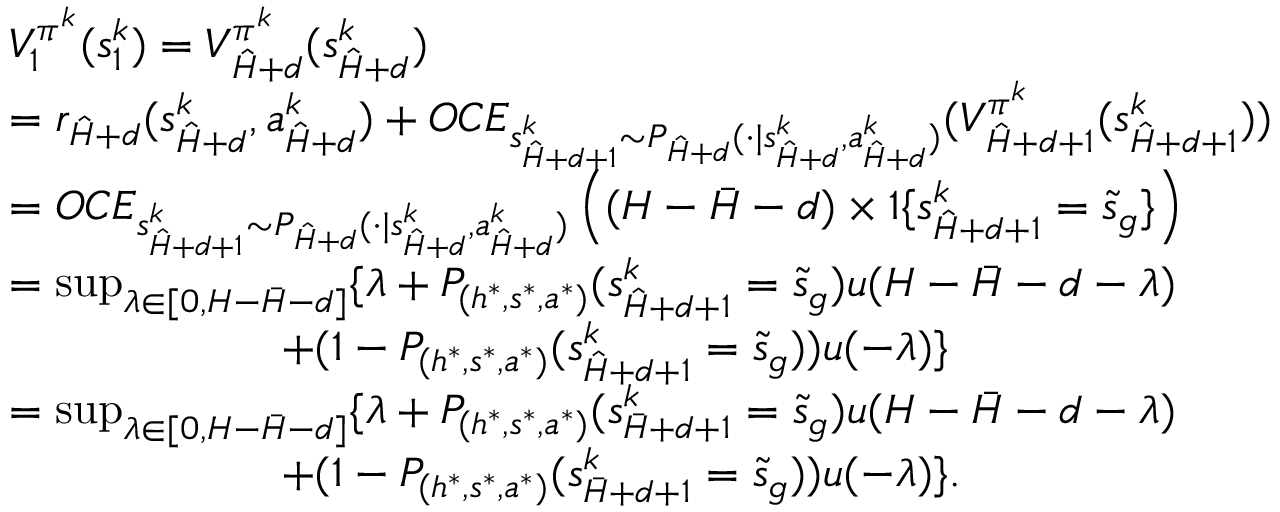
\begin{array} { r l } & { V _ { 1 } ^ { \pi ^ { k } } ( s _ { 1 } ^ { k } ) = V _ { \hat { H } + d } ^ { \pi ^ { k } } ( s _ { \hat { H } + d } ^ { k } ) } \\ & { = r _ { \hat { H } + d } ( s _ { \hat { H } + d } ^ { k } , a _ { \hat { H } + d } ^ { k } ) + O C E _ { s _ { \hat { H } + d + 1 } ^ { k } \sim P _ { \hat { H } + d } ( \cdot \vert s _ { \hat { H } + d } ^ { k } , a _ { \hat { H } + d } ^ { k } ) } ( V _ { \hat { H } + d + 1 } ^ { \pi ^ { k } } ( s _ { \hat { H } + d + 1 } ^ { k } ) ) } \\ & { = O C E _ { s _ { \hat { H } + d + 1 } ^ { k } \sim P _ { \hat { H } + d } ( \cdot \vert s _ { \hat { H } + d } ^ { k } , a _ { \hat { H } + d } ^ { k } ) } \left( ( H - \bar { H } - d ) \times 1 \{ s _ { \hat { H } + d + 1 } ^ { k } = \tilde { s } _ { g } \} \right) } \\ & { = \operatorname* { s u p } _ { \lambda \in [ 0 , H - \bar { H } - d ] } \{ \lambda + P _ { ( h ^ { * } , s ^ { * } , a ^ { * } ) } ( s _ { \hat { H } + d + 1 } ^ { k } = \tilde { s } _ { g } ) u ( H - \bar { H } - d - \lambda ) } \\ & { \quad \quad \quad \quad \quad \quad + ( 1 - P _ { ( h ^ { * } , s ^ { * } , a ^ { * } ) } ( s _ { \hat { H } + d + 1 } ^ { k } = \tilde { s } _ { g } ) ) u ( - \lambda ) \} } \\ & { = \operatorname* { s u p } _ { \lambda \in [ 0 , H - \bar { H } - d ] } \{ \lambda + P _ { ( h ^ { * } , s ^ { * } , a ^ { * } ) } ( s _ { \bar { H } + d + 1 } ^ { k } = \tilde { s } _ { g } ) u ( H - \bar { H } - d - \lambda ) } \\ & { \quad \quad \quad \quad \quad \quad + ( 1 - P _ { ( h ^ { * } , s ^ { * } , a ^ { * } ) } ( s _ { \bar { H } + d + 1 } ^ { k } = \tilde { s } _ { g } ) ) u ( - \lambda ) \} . } \end{array}